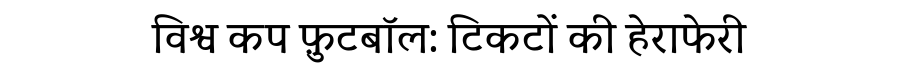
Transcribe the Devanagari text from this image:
विश्व कप फ़ुटबॉल: टिकटों की हेराफेरी